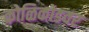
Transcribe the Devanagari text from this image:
कोळिकोडवर